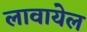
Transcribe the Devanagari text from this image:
लावायेल